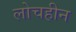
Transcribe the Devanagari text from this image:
लोचहीन